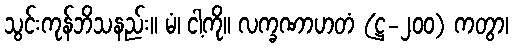
သွင်းကုန်ဘိသနည်း။ မံ၊ ငါ့ကို။ လက္ခဏာဟတံ (ဋ္ဌ-၂၀၀) ကတွာ၊